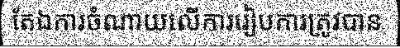
តែឯការចំណាយលើការរៀបការត្រូវបាន